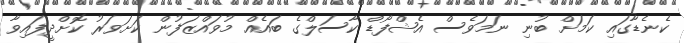
ކެނެޑާގައި ކަމަށް ބުނި ނަމަވެސް އެޝްފޯޑް ކާސަލްގެ ބައެއް މުވައްޒަފުން ކަށަވަރު ކޮށްދީފައިވާ